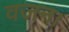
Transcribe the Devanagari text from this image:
वजन।